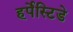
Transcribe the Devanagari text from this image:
हर्पेस्टिडे